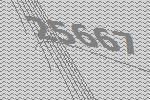
25667